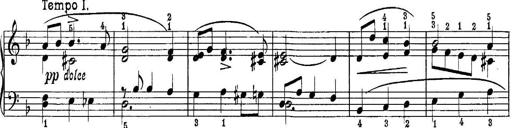
Title: Piano Sonatina No.1 in C major
Composer: Tadeusz Joteyko
Key: C major